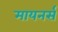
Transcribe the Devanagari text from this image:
मायनर्स